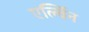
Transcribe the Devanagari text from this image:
एर्ल्विन